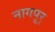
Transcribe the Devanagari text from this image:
नागपूर्